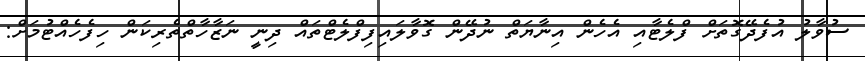
ސުވާލު އުފެދޭގޮތަށް ފްލެޓާއި އެހެން އިނާޔަތް ނުދޭން ގޮވާލައިފިފްލެޓްތައް ދިނީ ނަޒާހާތްތެރިކަން ހިފެހެއްޓުމަށް: